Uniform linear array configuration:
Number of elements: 8
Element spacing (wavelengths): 0.25
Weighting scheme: binomial
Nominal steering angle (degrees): -30
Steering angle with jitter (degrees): -28.755
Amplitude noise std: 0.05
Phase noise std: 0.05

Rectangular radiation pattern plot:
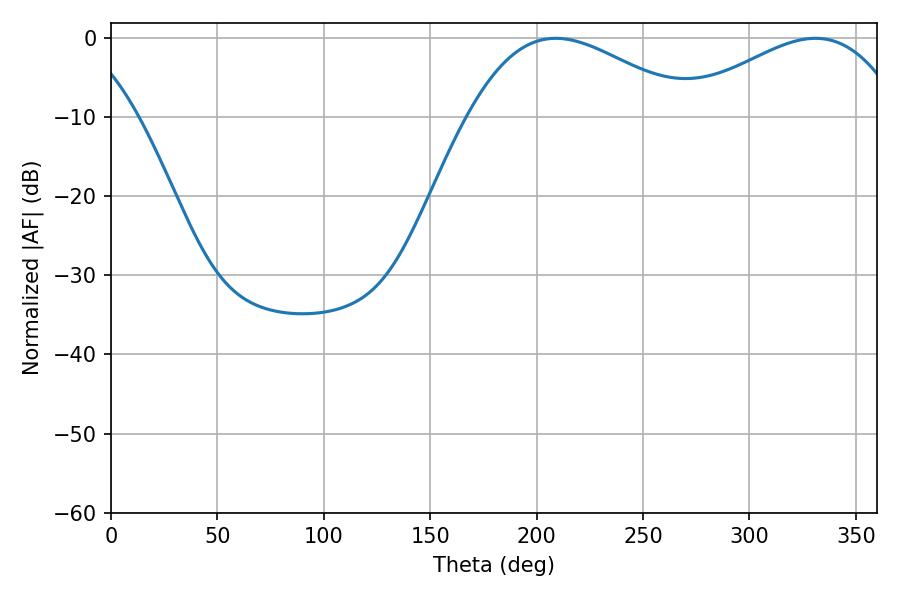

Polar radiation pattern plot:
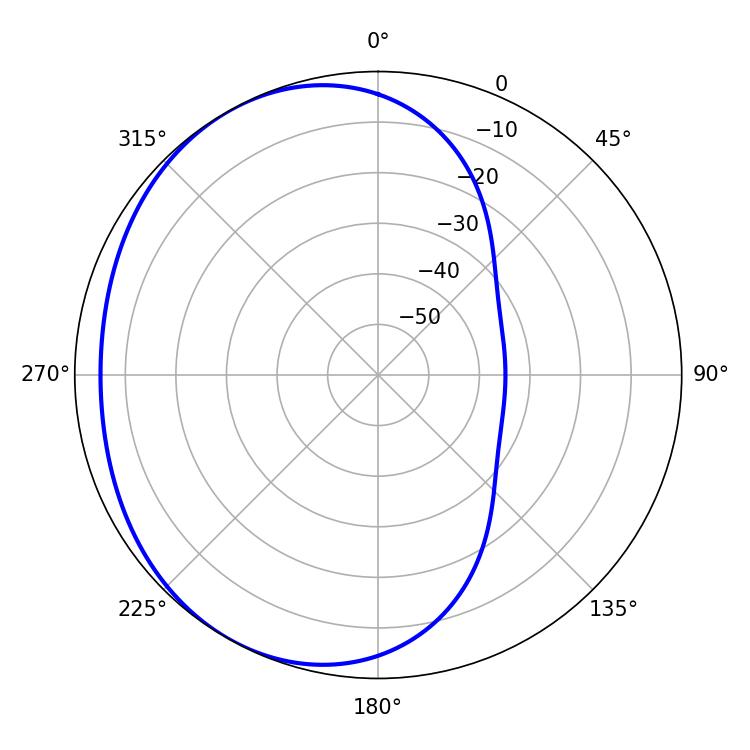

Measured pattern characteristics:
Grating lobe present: FALSE
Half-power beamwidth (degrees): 56.88
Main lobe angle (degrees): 208.98